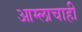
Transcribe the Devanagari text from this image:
आम्लाचाही